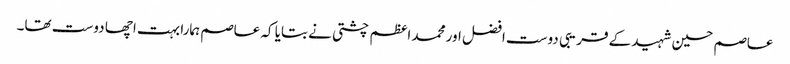
عاصم حسین شہید کے قریبی دوست افضل اور محمد اعظم چشتی نے بتایا کہ عاصم ہمارا بہت اچھا دوست تھا۔